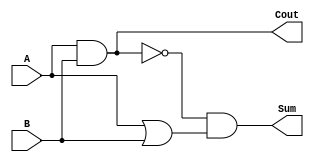
module ha (Cout, Sum, A, B);

   input A, B;

   output Cout, Sum;
   
   and a1 (Cout, A, B);
   not i1 (Cbar, Cout);
   or  o1 (p, A, B);
   and a2 (Sum, Cbar, p);

endmodule // ha